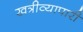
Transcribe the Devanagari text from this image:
खत्रीव्यापारी